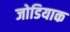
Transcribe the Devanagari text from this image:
जोडियाक